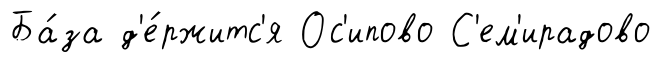
Ба́за д'е́ржитс'я Ос'ипово С'ем'ирадово